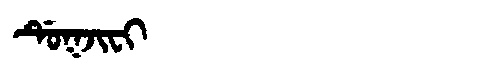
Manchu: ᡩᡠᡴᠵᡳᠸᡳ
Romanization: DUKJIFI